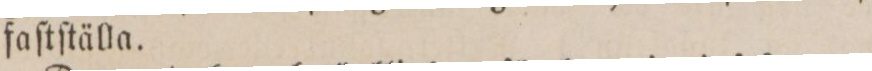
faſtſtälla.